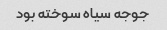
جوجه سیاه سوخته بود